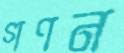
গণন